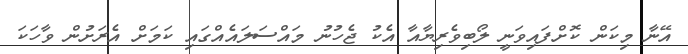
އޭނާ މިކަން ކޮށްފައިވަނީ ލޯބިވެރިޔާއާ އެކު ޖެހުނު މައްސަލައެއްގައި ކަމަށް އެރަށުން ވާހަކަ